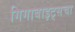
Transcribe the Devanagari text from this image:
गिगाबाइट्सचा